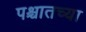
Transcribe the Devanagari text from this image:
पश्चातच्या